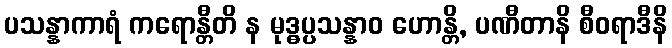
ပသန္နာကာရံ ကရောန္တီတိ န မုဒ္ဓပ္ပသန္နာဝ ဟောန္တိ, ပဏီတာနိ စီဝရာဒီနိ